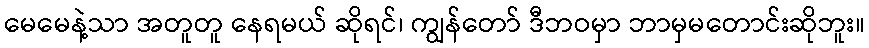
မေမေနဲ့သာ အတူတူ နေရမယ် ဆိုရင်၊ ကျွန်တော် ဒီဘဝမှာ ဘာမှမတောင်းဆိုဘူး။